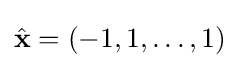
{\hat {\mathbf {x} }}=(-1,1,\dots ,1)